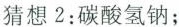
猜想2：碳酸氢钠；